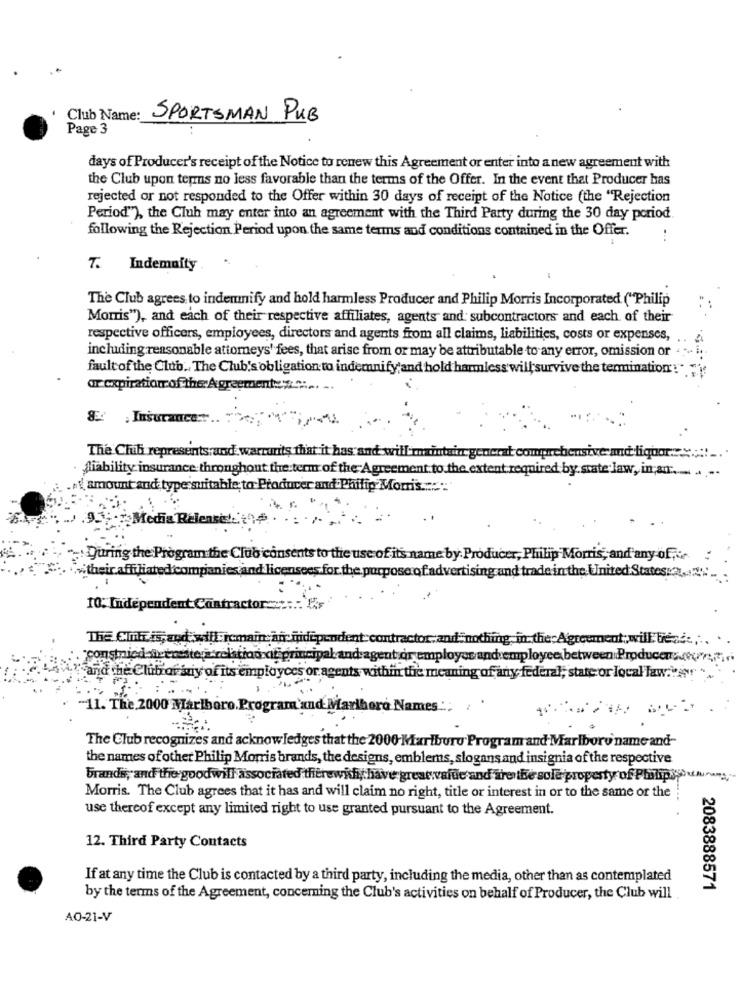
Club Name:
SPORTSMAN PUB
Page 3
days of Producer's receipt of the Notice to renew this Agreement or enter into a new agreement with
the Club upon terns no less favorable than the terms of the Offer. In the event that Producer has
rejected or not responded to the Offer within 30 days of receipt of the Notice (the "Rejection
Period"), the Cluh may enter into an agreement with the Third Party during the 30 day period
following the Rejection Period upon the same terms and conditions contained in the Offer.
T.
Indemnity
The Club agrees to indemnify and hold harmless Producer and Philip Morris Incorporated ("Philip
Morris"), and each of their respective affiliates, agents and subcontractors and each of their
respective officers, employees, directors and agents from all claims, liabilities, costs or expenses,
including reasonable attorneys' fees, that arise from or may be attributable to any error, omission or
faultof the Club .. The Club's obligation to indemnify and hold harmless will survive the termination' :" "}
or expiration of the Agreementex :
The Chib represents and warrants that it has and will maintain generat comprehensive and liquor .....::!..
Liability insurance throughout the term of the Agreement to the extent required by state law, in a ...... ....
amount and type suitable; to Producer and Philip Morr's .::: ::
9.F.Media Relenses!
During the Program the Club consents to the use of its name by Producer, Philip Morris, and any of;
their affiliated companies and licensees for the purpose of advertising and trade in the United States:2.
10: Independent Contractor ::::.: [
The Cmxis;
od will remain an hidep
antract
„and nothing in the Agreement; will be-sd :...
estes
agent or employer and:employee.between.Producenci
id the Clubraf aniy of its emplayces
ic meaning of any federal; state or local law:war .
11. The 2000 Marlboro. Progra
`and M
ariboro Names ...
The Club recognizes and acknowledges that the 2000-Marlboro Program and Marlboro name and-
the names of other Philip Morris brands, the designs, emblems, slogans and insignia of the respective
Grands, and the goodwill associated therewithi have great value and'are the sole property of Philipspour
Morris. The Club agrees that it has and will claim no right, title or interest in or to the same or the
use thereof except any limited right to use granted pursuant to the Agreement.
12. Third Party Contacts
If at any time the Club is contacted by a third party, including the media, other than as contemplated
2083888571
by the terms of the Agreement, concerning the Club's activities on behalf of Producer, the Club will
AO-21-V